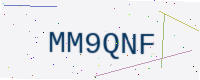
Text: MM9QNF